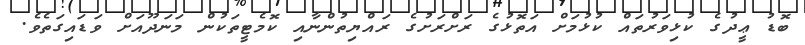
ބޮޑު ޢީދުގެ ކުޅިވަރުތައް ކުޅުމަށް އަތޮޅުގެ ރަށްރަށުގެ ރައްޔިތުންނާއި ކޮމެޓީތަކުން މަނަދޫއަށް ވަޑައިގަތެވެ.